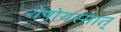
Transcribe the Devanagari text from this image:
शेषोयस्मात्